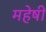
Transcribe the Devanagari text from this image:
महेषी